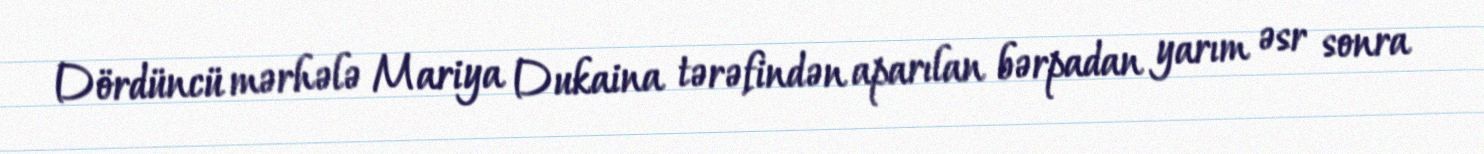
Dördüncü mərhələ Mariya Dukaina tərəfindən aparılan bərpadan yarım əsr sonra